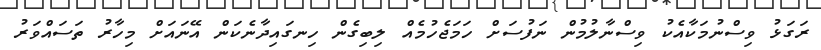
ރަގަޅު ވިސްނުމަކާއެކު ވިސްނާލުމުން ނަފުސަށް ހަމަޖެހުމެއް ލިބިގެން ހިނގައިދާނެކަން އޭނައަށް މިހާރު ތަސައްވަރު